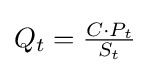
Q_{t}={\tfrac {C\cdot P_{t}}{S_{t}}}